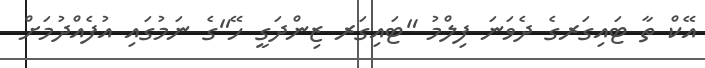
އޭކް ތާ ޓައިގަރގެ ދެވަނަ ފިލްމު "ޓައިގަރ ޒިންދަގީ ހޭ"ގެ ނަމުގައި އުފެއްދުމަށް